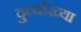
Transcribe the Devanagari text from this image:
दुर्व्याख्या